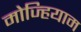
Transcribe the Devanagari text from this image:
मोज्हियाम